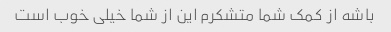
باشه از کمک شما متشکرم این از شما خیلی خوب است